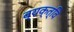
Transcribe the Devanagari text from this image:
व्यक्त्वि